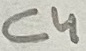
Text: C4